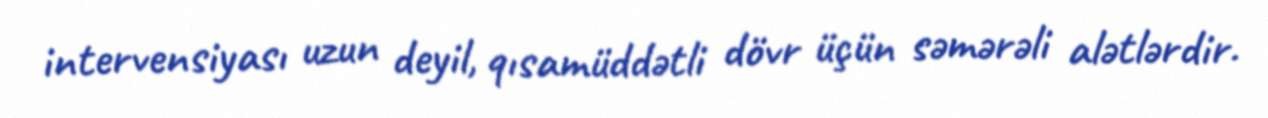
intervensiyası uzun deyil, qısamüddətli dövr üçün səmərəli alətlərdir.